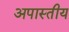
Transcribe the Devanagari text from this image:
अपास्तीय